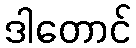
ဒါတောင်